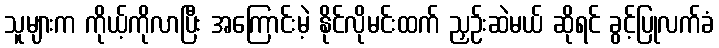
သူများက ကိုယ့်ကိုလာပြီး အကြောင်းမဲ့ နိုင်လိုမင်းထက် ညှဉ်းဆဲမယ် ဆိုရင် ခွင့်ပြုလက်ခံ